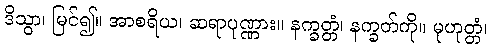
ဒိသွာ၊ မြင်၍။ အာစရိယ၊ ဆရာပုဏ္ဏား။ နက္ခတ္တံ၊ နက္ခတ်ကို။ မုဟုတ္တံ၊